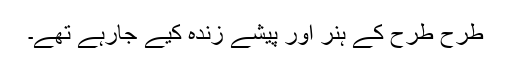
طرح طرح کے ہنر اور پیشے زندہ کیے جارہے تھے۔